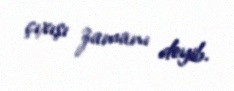
çıxışı zamanı deyib.